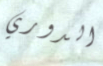
الدوري